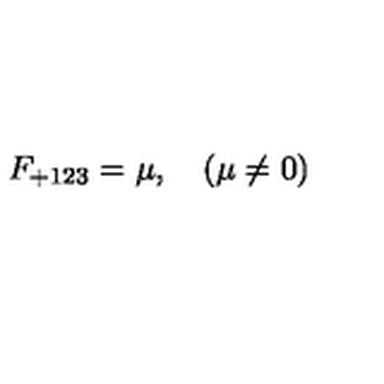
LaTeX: F _ { + 1 2 3 } = \mu , \quad ( \mu \neq 0 )